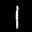
Label: 1